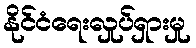
နိုင်ငံရေးလှုပ်ရှားမှု